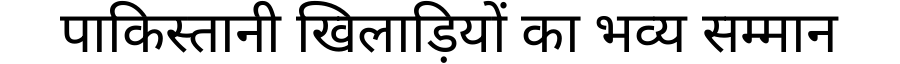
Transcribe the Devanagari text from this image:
पाकिस्तानी खिलाड़ियों का भव्य सम्मान